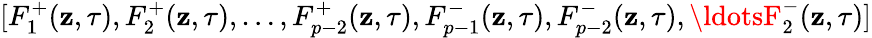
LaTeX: [F_{1}^{+}(\mathbf{z},\tau),F_{2}^{+}(\mathbf{z},\tau),\ldots,F_{p-2}^{+}(\mathbf{z},\tau),F_{p-1}^{-}(\mathbf{z},\tau),F_{p-2}^{-}(\mathbf{z},\tau),\ldotsF_{2}^{-}(\mathbf{z},\tau)]